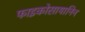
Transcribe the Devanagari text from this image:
फाइकोसायानिन